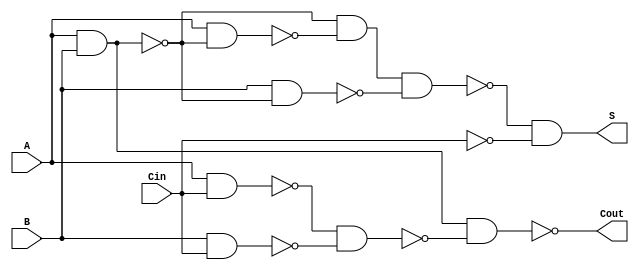
module NegativeCircuitFullAdder (
    input wire A,    // First input bit
    input wire B,    // Second input bit
    input wire Cin,  // Carry-in bit
    output wire S,   // Sum output
    output wire Cout  // Carry-out output
);

// Internal wires for intermediate signals
wire AB_nand, AC_nand, BC_nand;
wire AB_and, AC_and, BC_and;
wire A_xor_B, A_xor_B_xor_Cin;

// Implementing A XOR B using NAND gates
assign AB_nand = ~(A & B);
assign A_xor_B = ~(AB_nand & ~(A & AB_nand) & ~(B & AB_nand));

// Implementing (A XOR B) XOR Cin
assign A_xor_B_xor_Cin = ~(A_xor_B & ~Cin);

// Final sum output S
assign S = ~A_xor_B_xor_Cin;

// Implementing the carry-out Cout
assign AB_and = ~(AB_nand & ~(A & B));
assign AC_and = ~(A & Cin);
assign BC_and = ~(B & Cin);

// Combining the results to get Cout
assign Cout = ~(AB_and & ~(AC_and & BC_and));

// End of module
endmodule